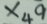
\times 4 9